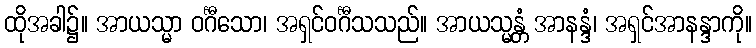
ထိုအခါ၌။ အာယသ္မာ ဝင်္ဂီသော၊ အရှင်ဝင်္ဂီသသည်။ အာယသ္မန္တံ အာနန္ဒံ၊ အရှင်အာနန္ဒာကို။